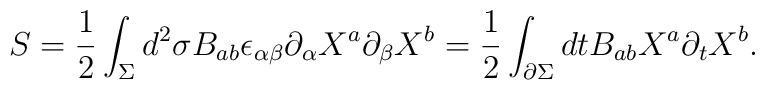
S=\frac{1}{2} \int_\Sigma d^2\sigma B_{ab}\epsilon_{\alpha\beta}\partial_\alpha X^a \partial_\beta X^b  = \frac{1}{2} \int_{\partial \Sigma} dt B_{ab} X^a \partial_t X^b.